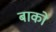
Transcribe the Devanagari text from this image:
बाको